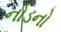
નોડનો